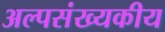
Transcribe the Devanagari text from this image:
अल्पसंख्यकीय